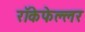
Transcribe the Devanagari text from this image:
रॉकेफेल्लर